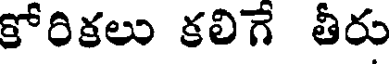
కోరికలు కలిగే తీరు